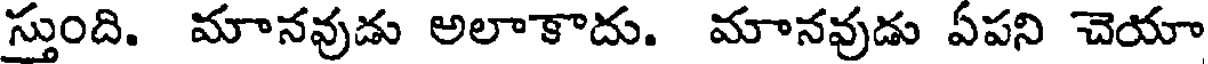
స్తుంది. మానవుడు అలాకాదు. మానవుడు ఏపని చెయా